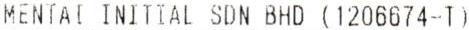
MENTAI INITIAL SDN BHD (1206674-T)